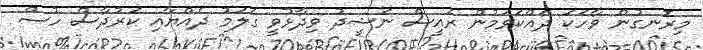
މިރޮނގުން ވާހަކަ ދައްކަވަމުން ރައީސް ނަޝީދު ވިދާޅުވީ ގަލަމު ދެއްޔާއި ކަރުދާސް ހުސް